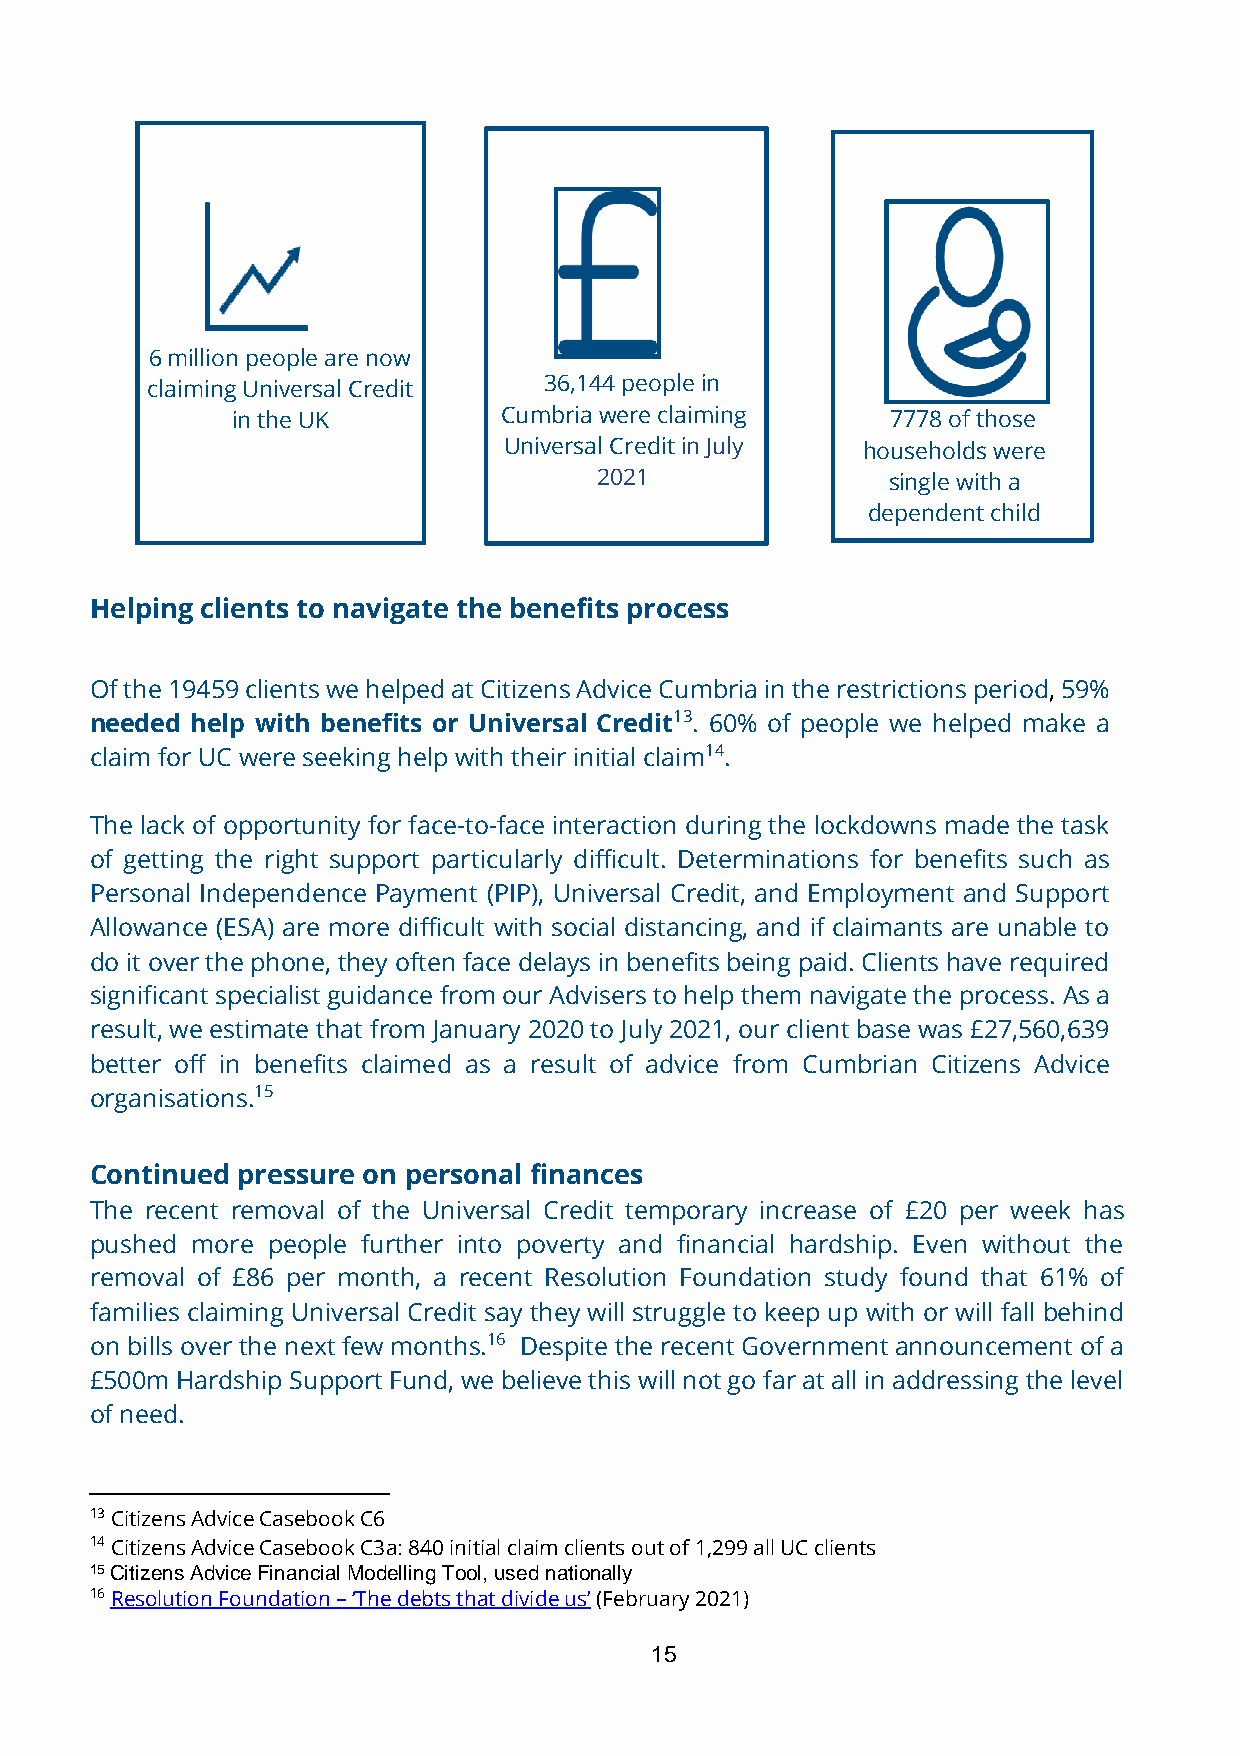
6 million people are now
 claiming Universal Credit 36,144 people in
 in the UK         Cumbria were claiming     7778 of those
 Universal Credit in July households were
 2021               single with a
 dependent child
 Helping clients to navigate the benefits process
 Of the 19459 clients we helped at Citizens Advice Cumbria in the restrictions period, 59%
 needed help with benefits or Universal Credit13. 60% of people we helped make a
 claim for UC were seeking help with their initial claim14.
 The lack of opportunity for face-to-face interaction during the lockdowns made the task
 of getting the right support particularly difficult. Determinations for benefits such as
 Personal Independence Payment (PIP), Universal Credit, and Employment and Support
 Allowance (ESA) are more difficult with social distancing, and if claimants are unable to
 do it over the phone, they often face delays in benefits being paid. Clients have required
 significant specialist guidance from our Advisers to help them navigate the process. As a
 result, we estimate that from January 2020 to July 2021, our client base was £27,560,639
 better off in benefits claimed as a result of advice from Cumbrian Citizens Advice
 organisations.15
 Continued pressure on personal finances
 The recent removal of the Universal Credit temporary increase of £20 per week has
 pushed more people further into poverty and financial hardship. Even without the
 removal of £86 per month, a recent Resolution Foundation study found that 61% of
 families claiming Universal Credit say they will struggle to keep up with or will fall behind
 on bills over the next few months.16 Despite the recent Government announcement of a
 £500m Hardship Support Fund, we believe this will not go far at all in addressing the level
 of need.
 13 Citizens Advice Casebook C6
 14 Citizens Advice Casebook C3a: 840 initial claim clients out of 1,299 all UC clients
 15 Citizens Advice Financial Modelling Tool, used nationally
 16 Resolution Foundation – ‘The debts that divide us’ (February 2021)
 15